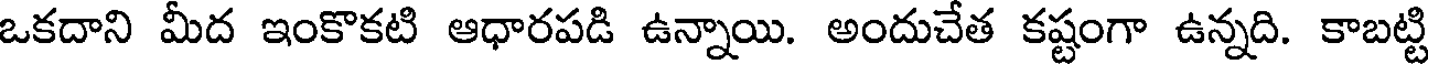
ఒకదాని మీద ఇంకొకటి ఆధారపడి ఉన్నాయి. అందుచేత కష్టంగా ఉన్నది. కాబట్టి